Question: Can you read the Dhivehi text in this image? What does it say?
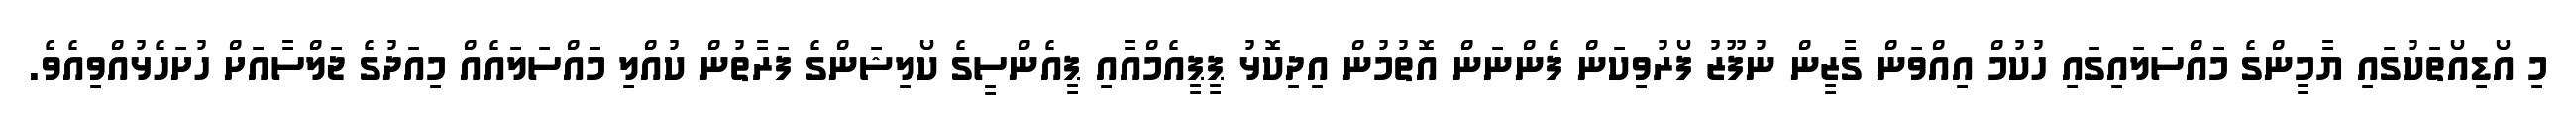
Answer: މި އޯޑިއޯތަކުގައި ޔާމީންގެ މައްސަލައިގައި ހުކުމް އިއްވަން ގާޒީން ނުފޫޒު ފޯރުވިކަން ފެންނަން އޮތުމުން އިދިކޮޅު ޕީޕީއެމްއާއި ޕީއެންސީގެ ކޯލިޝަންގެ ފަރާތުން ކުއްލި މައްސަލައެއް މިއަދުގެ ޖަލްސާއަށް ހުށަހެޅުއްވިއެވެ.